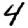
Digit: 4